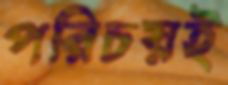
পরিচয়ই